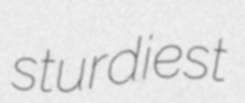
sturdiest